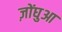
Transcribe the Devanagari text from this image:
ज़ोंघुआ